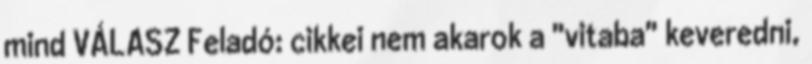
mind VÁLASZ Feladó: cikkei nem akarok a "vitaba" keveredni,